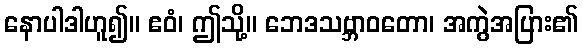
နောပါဒါဟူ၍။ ဧဝံ၊ ဤသို့။ ဘေဒသဗ္ဘာဝတော၊ အကွဲအပြား၏